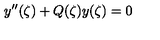
y ^ { \prime \prime } ( \zeta ) + Q ( \zeta ) y ( \zeta ) = 0